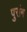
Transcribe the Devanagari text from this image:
पुरांग